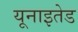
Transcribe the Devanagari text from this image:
यूनाइतेड